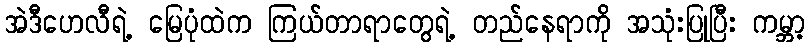
အဲဒီဟေလီရဲ့ မြေပုံထဲက ကြယ်တာရာတွေရဲ့ တည်နေရာကို အသုံးပြုပြီး ကမ္ဘာ့